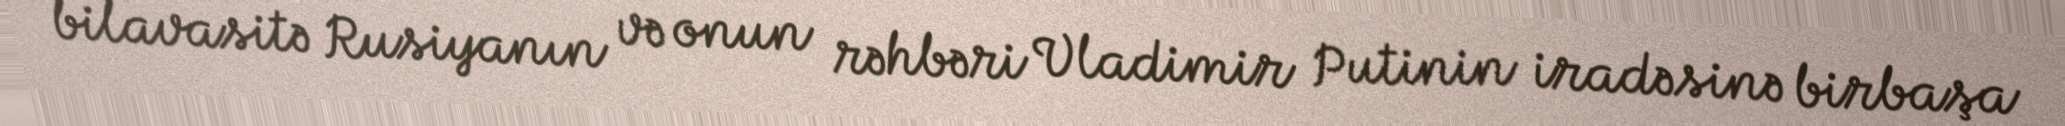
bilavasitə Rusiyanın və onun rəhbəri Vladimir Putinin iradəsinə birbaşa